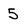
Character: 5